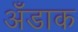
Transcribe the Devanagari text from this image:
अँडाक